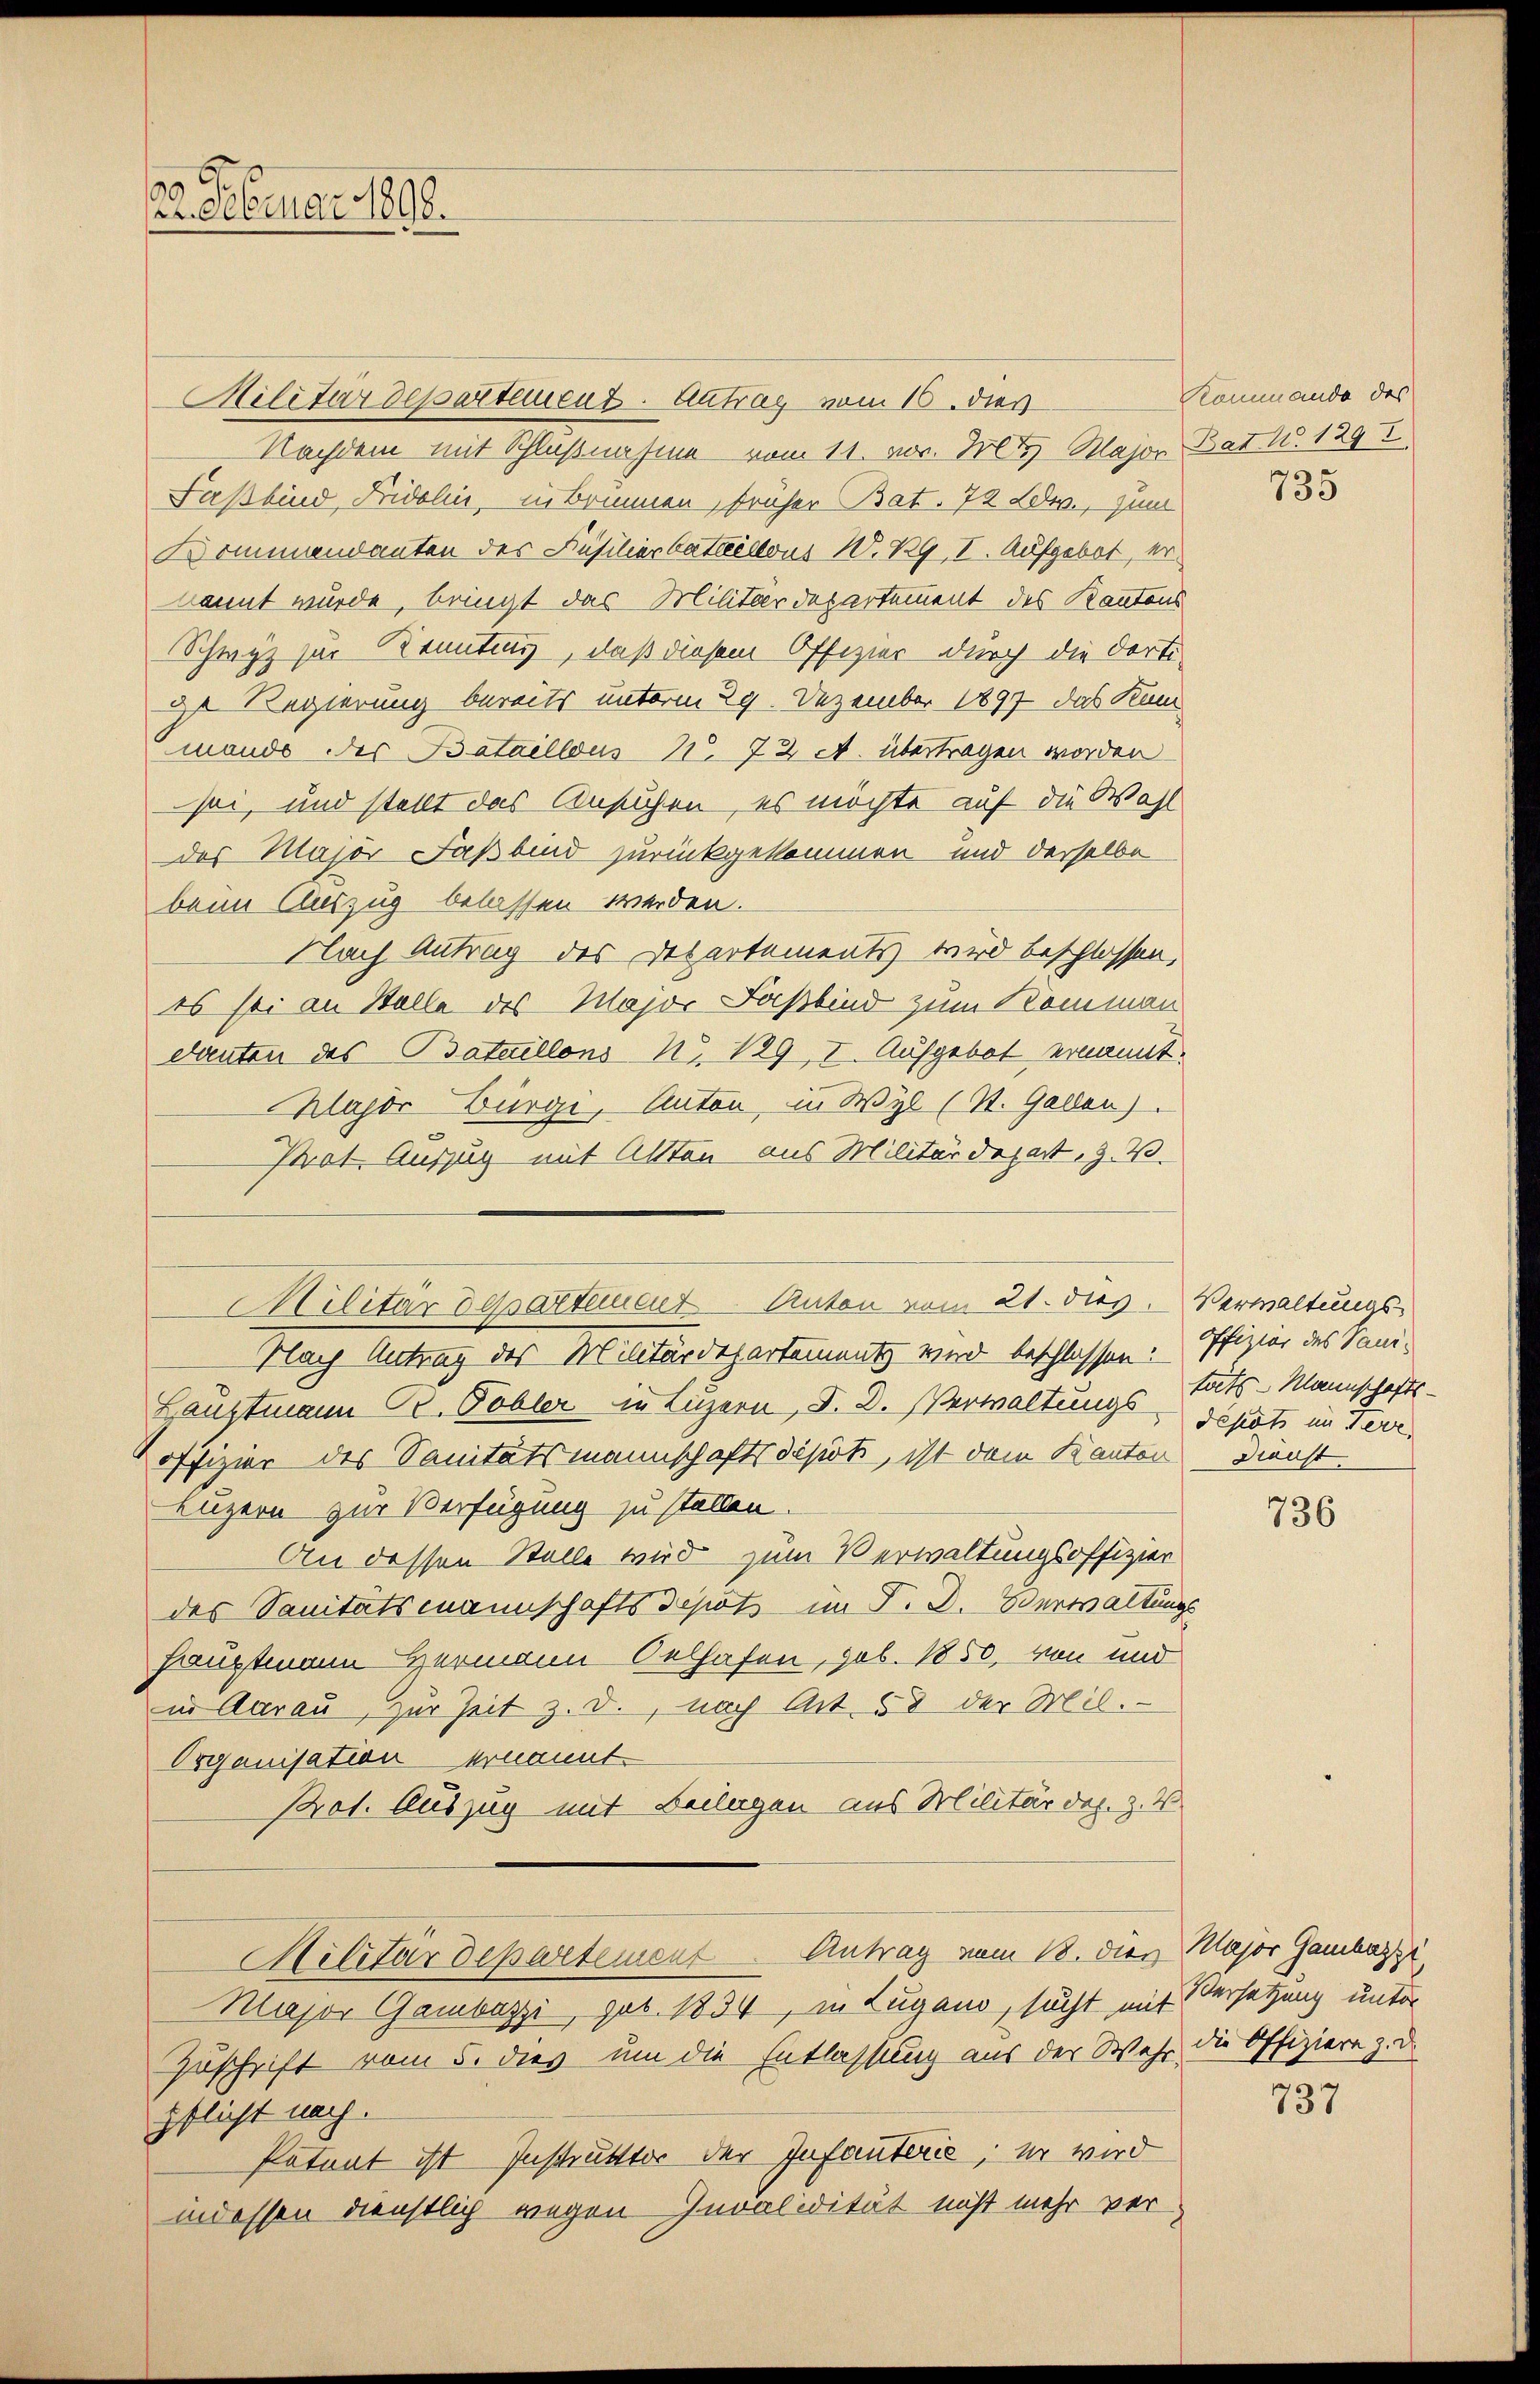
Militärdepartement. Antrag vom 16. dies
Nachdem mit Schlußnahme vom 11. Dr. Frl. Major Bat. W. 129
Faßbind, Fridolin, in Brunnen, früher Bat. 72 Bde., zum
Kommandanten des Füsilierbataillons W. RG I. Aufgebot, er
kannt würde, bringt das Militärdepartement des Kantons
Schwyz zur Kenntnus, daß diesem Offizier durch die dortide Regierung bereits unterm 29. Dezember 1897 das Kin
mando des Bataillous 11. 72 A. übertragen worden.
sei, und stellt das Ansuchen, es möchte auf die Wahl
des Major Faßbind zurückgekommen und derselbe
beim Auszug belassen werden.
Nach Antrag des Departements wird beschlossen,
es sei an Stelle des Major Faßbind zum Komman
danten des Bataillons No 129, I. Aufgebot ernannt.
Klajor Bürgi, Anton, in Wyl (St. Gallen).
Ptrat Auszug mit Alten aus Militärdepart. Z. V.
Nach Antrag des Militärdepartements wird beschlossen:
Hauptmann Br. Pobler in Luzern, S. D. Verwaltungs täts-Mannschaftsoffizier des Sanitätsmannschaftsdepot, ist dem Kanton Dienst.
Luzern zur Verfügung zu stellen.
An dessen Stelle wird zum Verwaltungsoffizier
des Sanitätsmannschafts depots im J. D. Verwaltungs
hauptmann Hermann Oelhafen, sob. 1850, von und
in Aarau, zur Zeit z. d., nach Art. 58 der Mil.
Organisation ernannt.
Pot. Auszug mit Beilagen aus Militär des. z. W
Militärdepartement Antrag vom 18. dien Major Gamherzi
Major Gambazzi, geb. 1834, in Lugano, sucht mit
Zuschrift vom 5. dies um die Entlassung aus der Wehr die Offiziere z. d.
pflicht nach.
Patent ist Instruttter der Infanteris, er wird
indessen dienstlich wegen Invalidität nicht mehr ver¬

n
22. Februar 1890.

Miitär desartement Anton vom 21. dies Verwaltungs-

Kommando des

735

Offizier des Vanidepots im eve

736

Versetzung unter

737